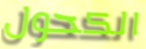
الكحول